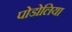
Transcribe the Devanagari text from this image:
पोडोलिया